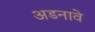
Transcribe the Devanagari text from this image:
अडनावे